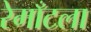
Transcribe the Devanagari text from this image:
रेमाँटला